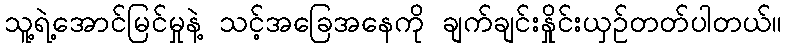
သူ့ရဲ့အောင်မြင်မှုနဲ့ သင့်အခြေအနေကို ချက်ချင်းနှိုင်းယှဉ်တတ်ပါတယ်။